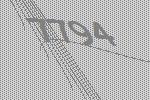
7794